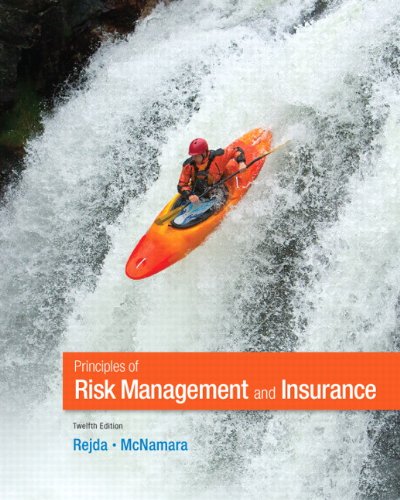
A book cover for Principles of Risk Management and Insurance (12th Edition) (Pearson Series in Finance); George E. Rejda; Business & Money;